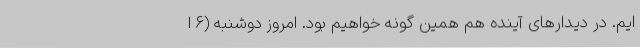
ایم. در دیدارهای آینده هم همین گونه خواهیم بود. امروز دوشنبه (6 ا